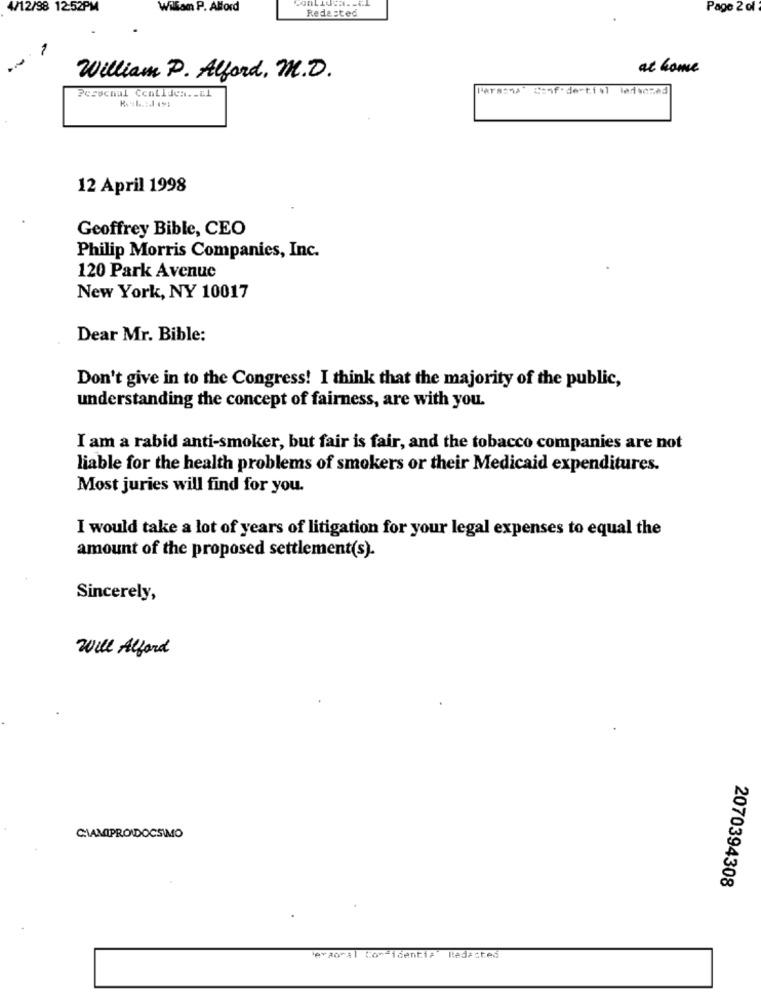
4/12/98 12:52PM
William P. Alford
Redasted
Page 2 of
-
at home
William P. Alford. M.D.
Perschul Ccnllich. _ &1
Confidential ladserad
12 April 1998
Geoffrey Bible, CEO
Philip Morris Companies, Inc.
120 Park Avenue
New York, NY 10017
Dear Mr. Bible:
Don't give in to the Congress! I think that the majority of the public,
understanding the concept of fairness, are with you.
I am a rabid anti-smoker, but fair is fair, and the tobacco companies are not
liable for the health problems of smokers or their Medicaid expenditures.
Most juries will find for you.
I would take a lot of years of litigation for your legal expenses to equal the
amount of the proposed settlement(s).
Sincerely,
Will Alford
CIAMIPROIDOCSIMO
2070394308
'eraoral Rom-identia" Redacted